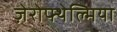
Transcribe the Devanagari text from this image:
ज़ेरोफ्थेल्मिया